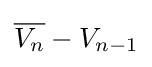
{\overline {V_{n}}}-V_{n-1}